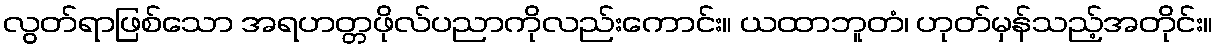
လွတ်ရာဖြစ်သော အရဟတ္တဖိုလ်ပညာကိုလည်းကောင်း။ ယထာဘူတံ၊ ဟုတ်မှန်သည့်အတိုင်း။